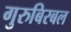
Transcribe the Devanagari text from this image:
गुरुबिरबल